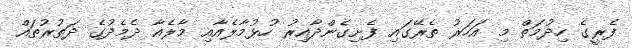
ފެރީގެ ހިދުމަތް މި އަހަރު ތެރޭގައި ފެށިގެންދާއިރު ހުޅުމާލެއާއި މާލެއާ ދެމެދުގެ ދަތުރުތައް